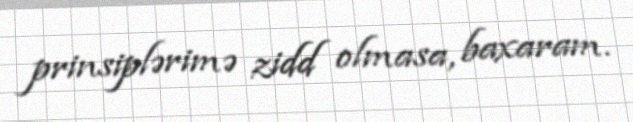
prinsiplərimə zidd olmasa, baxaram.